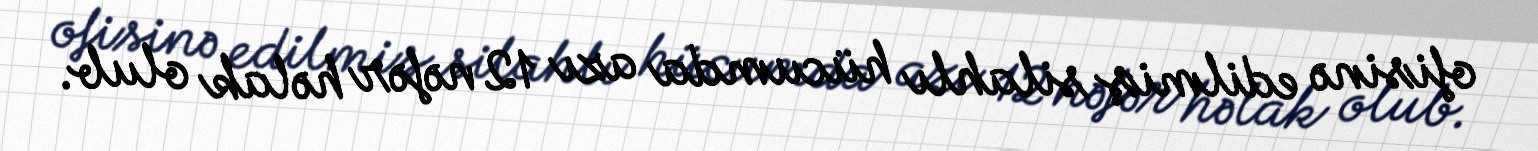
ofisinə edilmiş silahlı hücumda azı 12 nəfər həlak olub.